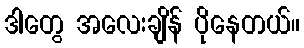
ဒါတွေ အလေးချိန် ပိုနေတယ်။